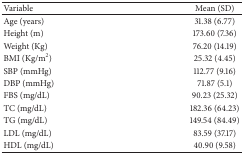
| Variable | Mean (SD) |
 | --- | --- |
 | Age (years) | 31.38 (6.77) |
 | Height (m) | 173.60 (7.36) |
 | Weight (Kg) | 76.20 (14.19) |
 | BMI (Kg/m2) | 25.32 (4.45) |
 | SBP (mmHg) | 112.77 (9.16) |
 | DBP (mmHg) | 71.87 (5.1) |
 | FBS (mg/dL) | 90.23 (25.32) |
 | TC (mg/dL) | 182.36 (64.23) |
 | TG (mg/dL) | 149.54 (84.49) |
 | LDL (mg/dL) | 83.59 (37.17) |
 | HDL (mg/dL) | 40.90 (9.58) |